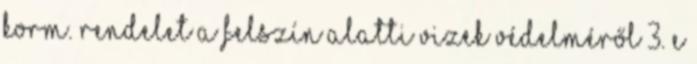
Korm. rendelet a felszín alatti vizek védelméről 3. E